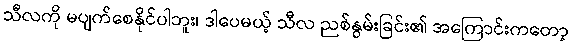
သီလကို မပျက်စေနိုင်ပါဘူး၊ ဒါပေမယ့် သီလ ညစ်နွမ်းခြင်း၏ အကြောင်းကတော့